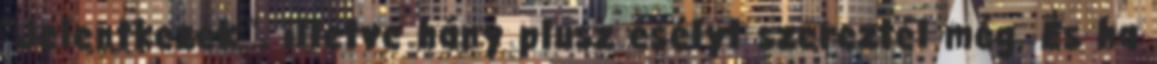
"Jelentkezek.", illetve hány plusz esélyt szereztél még. És ha